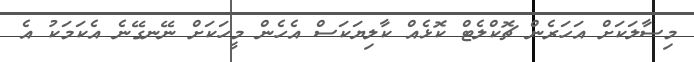
މިސާލަކަށް އަހަރެން ޗޮކްލެޓް ކޮޅެއް ކާލިޔަކަސް އެހެން މީހަކަށް ނޭނގޭނެ އެކަމަކު އެ